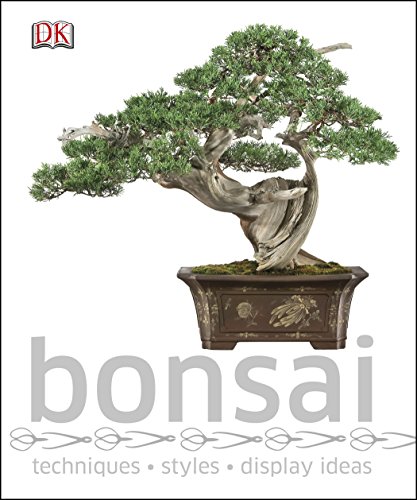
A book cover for Bonsai; DK Publishing; Crafts, Hobbies & Home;